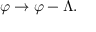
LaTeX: \varphi \rightarrow \varphi - \Lambda .